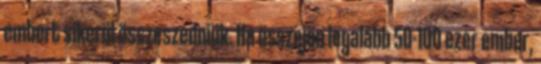
embert sikerül összeszedniük. Ha összejön legalább 50-100 ezer ember,